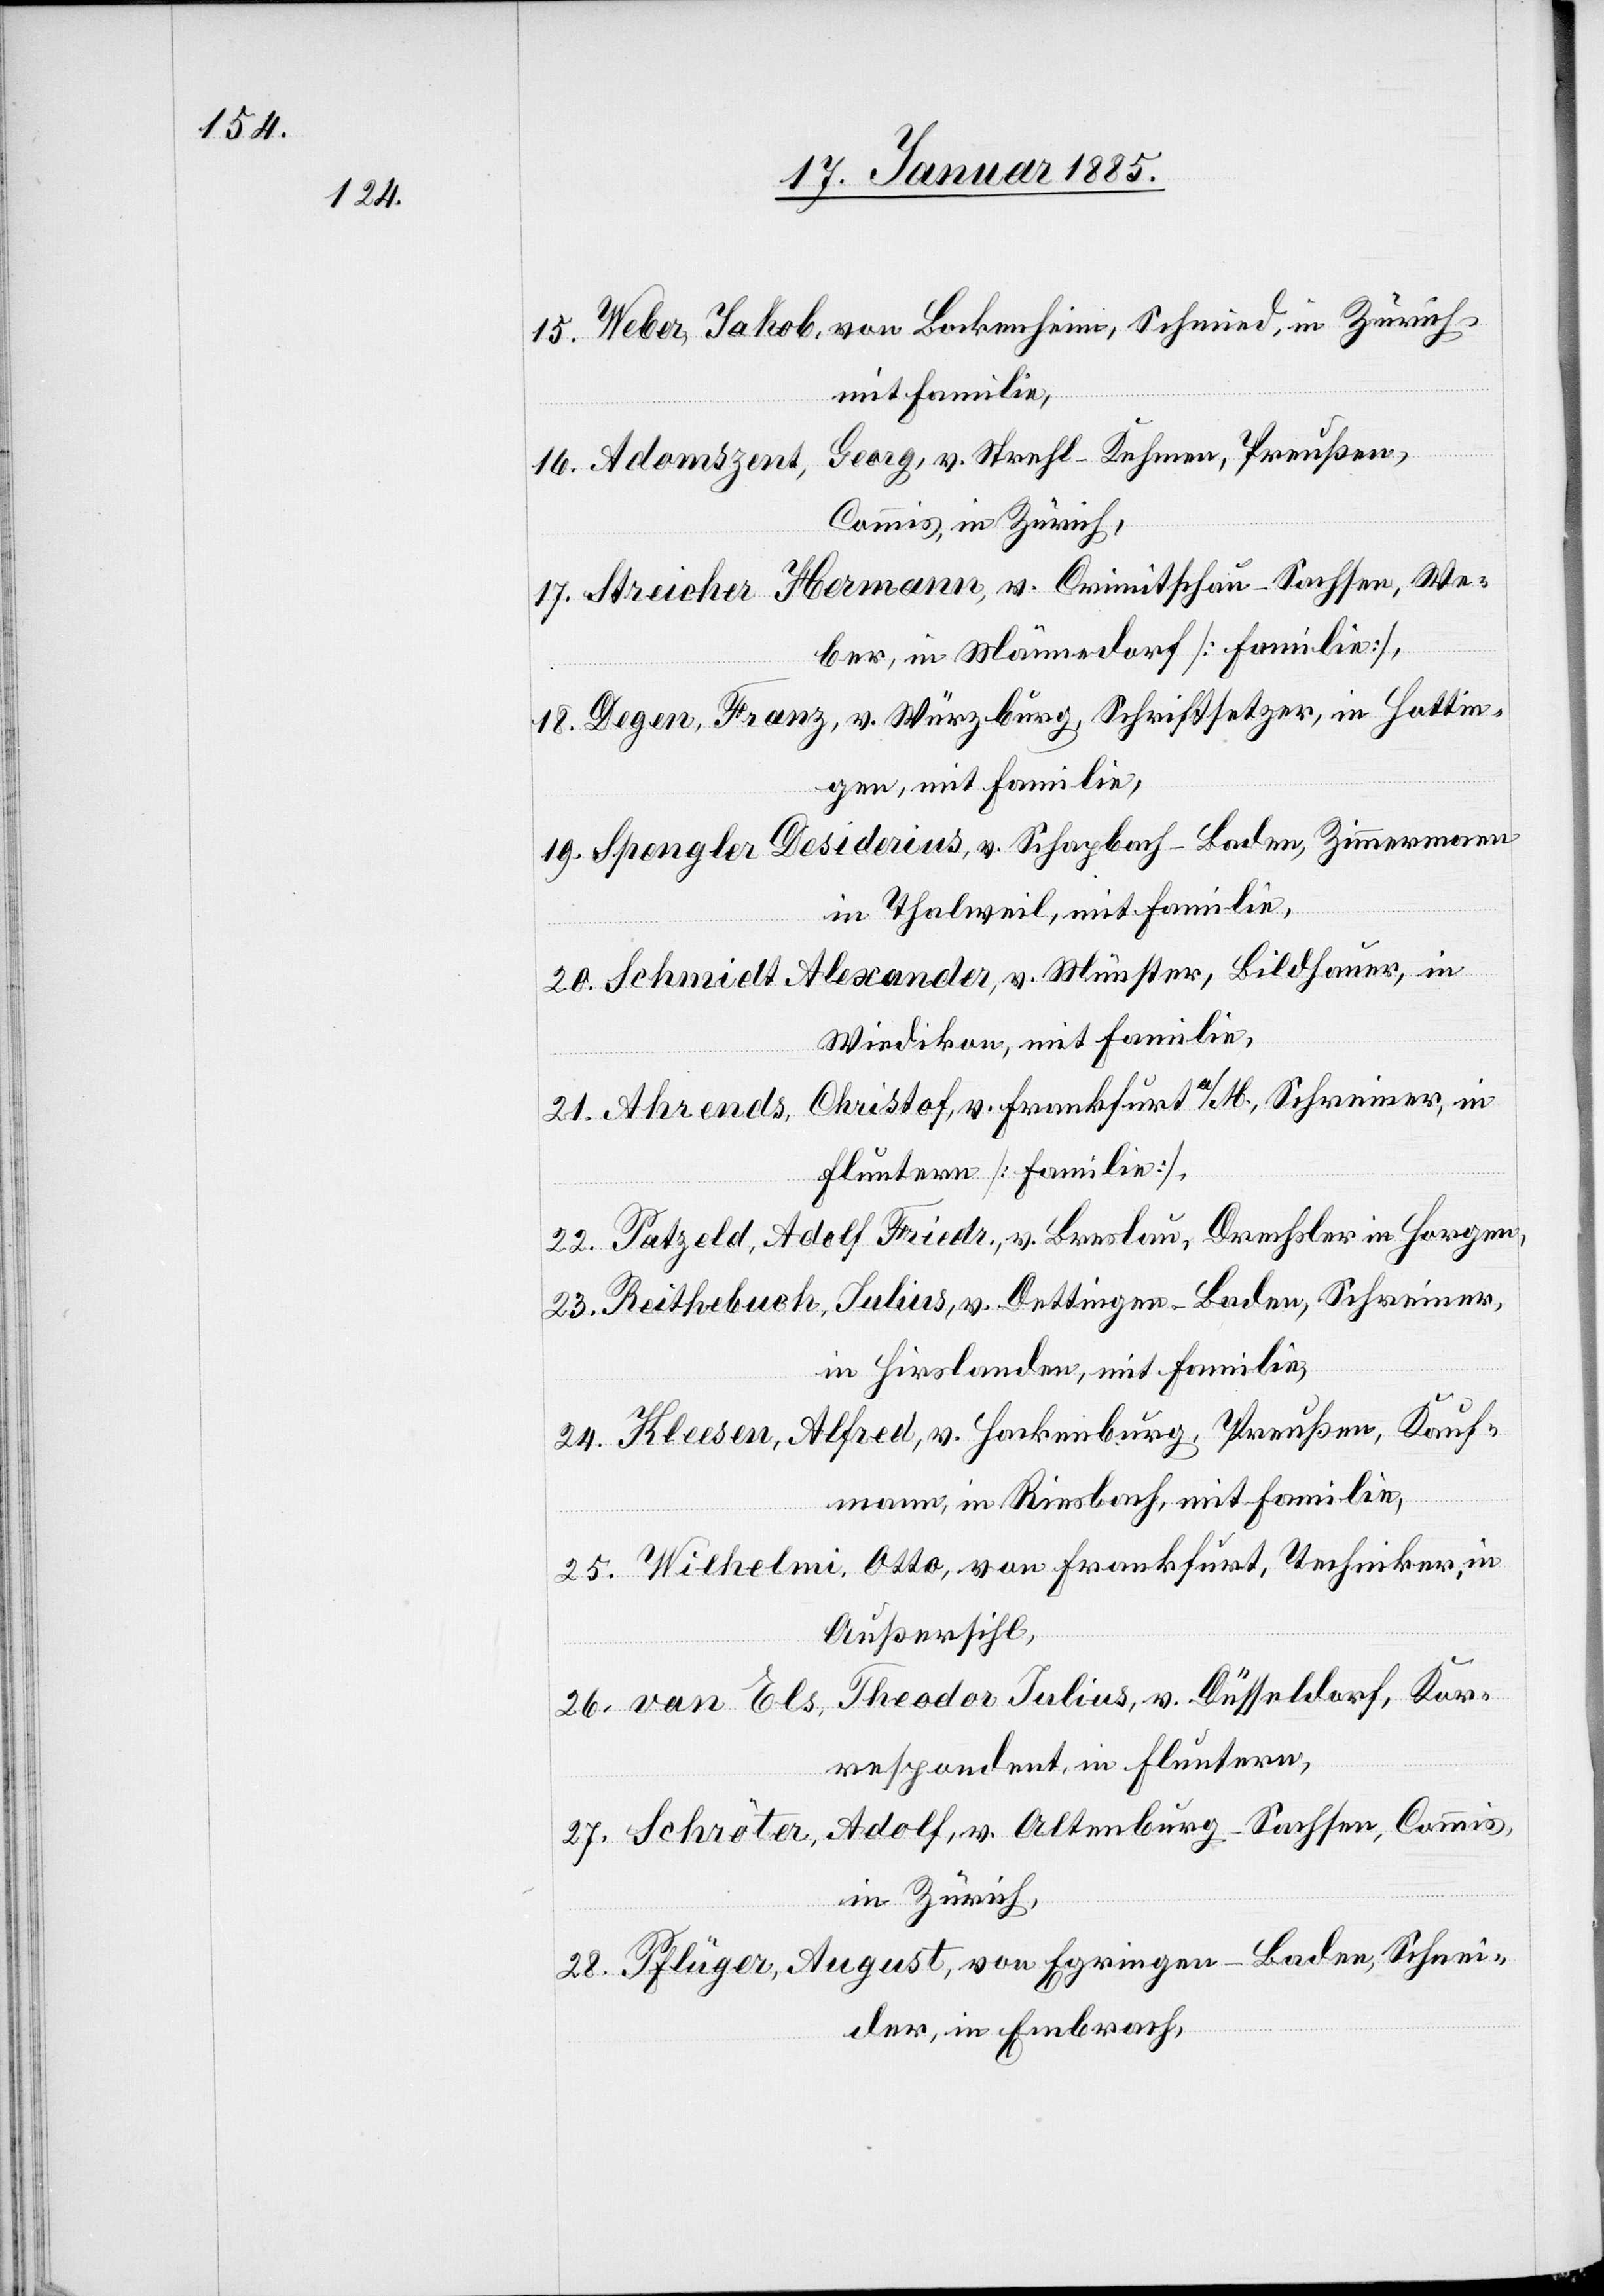
15.

Weber, Jakob, von Lockenheim, Schmied, in Zürich,
mit Familie,
Adamszent, Georg, v. Strehl - Kehmen, Preußen,
Commis, in Zürich,
Streicher, Hermann, v. Crimitschau - Sachsen, We¬
ber, in Männedorf [Familie],
Degen, Franz, v. Würzburg, Schriftsetzer, in Hottin¬
gen, mit Familie,
Spengler Desiderius, v. Schapbach - Baden, Zimmermann
in Thalweil, mit Familie,
Schmidt Alexander, v. Münster, Bildhauer, in
Wiedikon, mit Familie,
Ahrends, Christof, v. Frankfurt a/M., Schreiner in
Fluntern [Familie],
Patzeld, Adolf Friedr., v. Breslau, Drechsler in Horgen,
Reithebuch, Julius, v. Dettingen - Baden, Schreiner,
in Hirslanden, mit Familie,
Kleesen, Alfred, v. Hackenburg, Preußen, Kauf¬
mann, in Riesbach, mit Familie,
Wilhelmi, Otto, von Frankfurt, Techniker, in
Außersihl,
Van Els, Theodor Julius, v. Düsseldorf, Kor¬
respondent, in Fluntern,
Schröter, Adolf, v. Altenburg - Sachsen, Commis,
in Zürich,
Pflüger, August, von Egringen - Baden, Schnei¬
der, in Embrach,